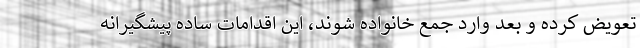
تعویض کرده و بعد وارد جمع خانواده شوند، این اقدامات ساده پیشگیرانه